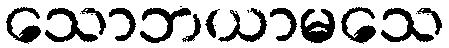
သောဘယာမသေ